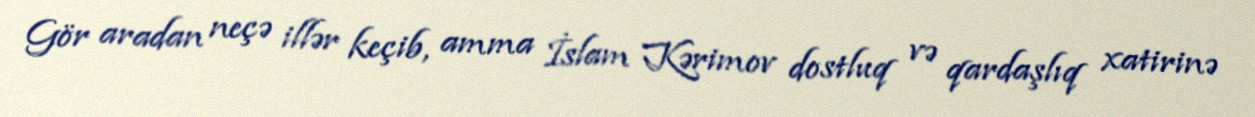
Gör aradan neçə illər keçib, amma İslam Kərimov dostluq və qardaşlıq xatirinə